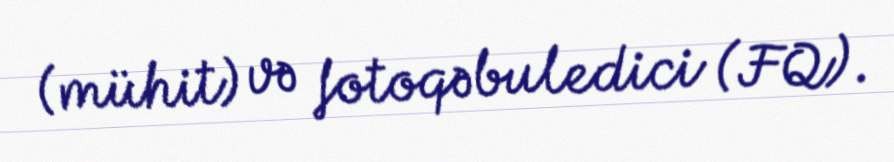
(mühit) və fotoqəbuledici (FQ).